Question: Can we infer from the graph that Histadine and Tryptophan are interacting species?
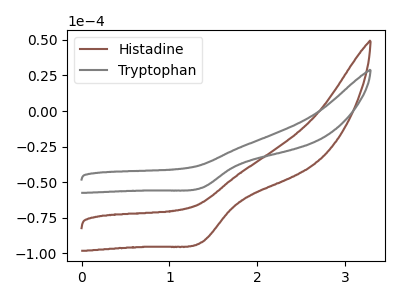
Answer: <think>The brown curve "Histadine" has a cathodic peak at: (1.35V, -92.20uA). The gray curve "Tryptophan" has a cathodic peak at: (1.35V, -54.00uA).
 All the peaks in "Histadine" have a peak in "Tryptophan" at the same potential. Every peak in "Histadine" is higher than every peak in "Tryptophan".</think>
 <answer>No, "Histadine" and "Tryptophan" don't appear to be significantly different in shape</answer>
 <eval>no_change</eval>